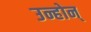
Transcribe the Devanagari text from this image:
उन्होन्